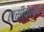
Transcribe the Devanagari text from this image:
लसीकाकण